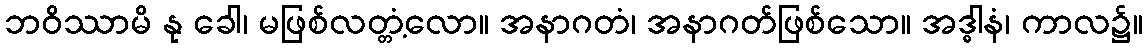
ဘဝိဿာမိ နု ခေါ၊ မဖြစ်လတ္တံ့လော။ အနာဂတံ၊ အနာဂတ်ဖြစ်သော။ အဒ္ဓါနံ၊ ကာလ၌။